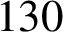
1 3 0